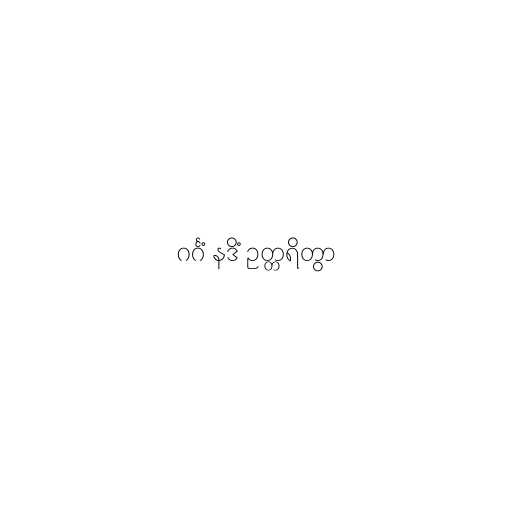
ဂင်္ဂံ နဒိံ ဥတ္တရိတွာ